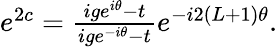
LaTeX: \begin{array}{r}{e^{2c}=\frac{ige^{i\theta}-t}{ige^{-i\theta}-t}e^{-i2(L+1)\theta}.}\end{array}